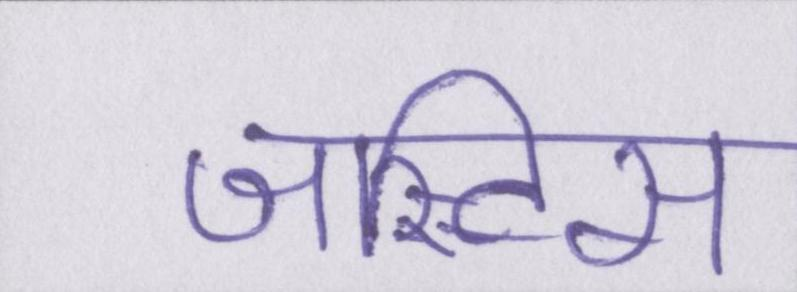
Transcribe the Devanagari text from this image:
जस्टिस